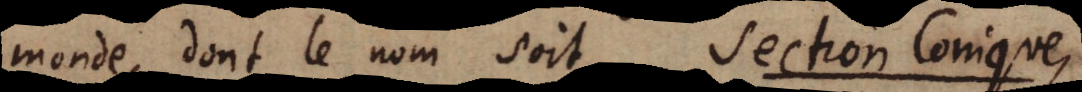
monde, dont le nom soit Section Conique,